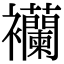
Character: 襽